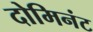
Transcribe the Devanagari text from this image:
दोमिनंट